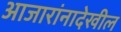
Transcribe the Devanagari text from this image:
आजारांनादेखील